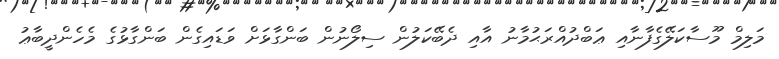
މަލިމް މޫސާކަލޭގެފާނާއި ޢަބްދުއްރަޙުމާނު އާއި ދެބޭކަލުން ސިލޯނުން ބަންގާޅަށް ވަޑައިގެން ބަންގާޅުގެ މެހެންދީބާޢު